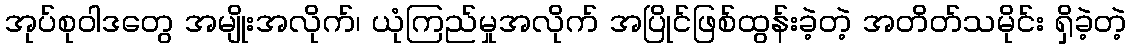
အုပ်စုဝါဒတွေ အမျိုးအလိုက်၊ ယုံကြည်မှုအလိုက် အပြိုင်ဖြစ်ထွန်းခဲ့တဲ့ အတိတ်သမိုင်း ရှိခဲ့တဲ့